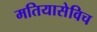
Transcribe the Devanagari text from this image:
मतियासेविच